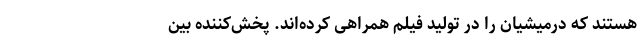
هستند که درمیشیان را در تولید فیلم همراهی کرده‌اند. پخش‌کننده بین